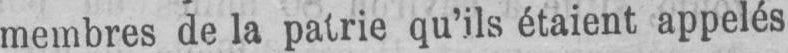
membres de la patrie qu’ils étaient appelés